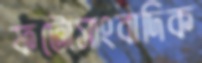
ফটোসাংবাদিক